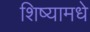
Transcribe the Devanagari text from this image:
शिष्यामधे